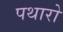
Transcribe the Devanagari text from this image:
पथारो